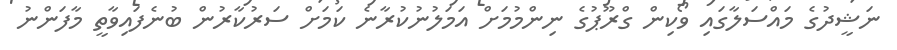
ނަޝީދުގެ މައްސަލާގައި ވޯކިން ގްރޫޕުގެ ނިންމުމަށް އަމަލުނުކުރާނެ ކަމަށް ސަރުކާރުން ބުނެފައިވާތީ މާފަންނު